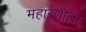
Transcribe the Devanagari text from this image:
महारणीला